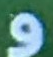
و